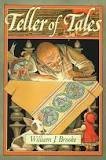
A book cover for Teller of Tales; William J. Brooke; Children's Books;